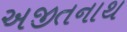
અજીતનાથ